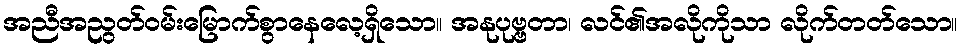
အညီအညွတ်ဝမ်းမြောက်စွာနေလေ့ရှိသော။ အနုပုဗ္ဗတာ၊ လင်၏အလိုကိုသာ လိုက်တတ်သော။